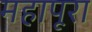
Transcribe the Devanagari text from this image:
महापूरा